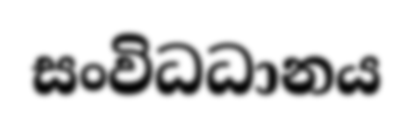
සංවිධධානය